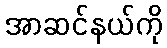
အာဆင်နယ်ကို